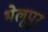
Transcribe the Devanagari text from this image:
भेलूपुर